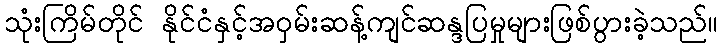
သုံးကြိမ်တိုင် နိုင်ငံနှင့်အဝှမ်းဆန့်ကျင်ဆန္ဒပြမှုများဖြစ်ပွားခဲ့သည်။